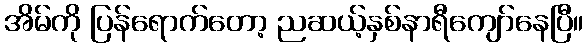
အိမ်ကို ပြန်ရောက်တော့ ညဆယ့်နှစ်နာရီကျော်နေပြီ။